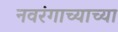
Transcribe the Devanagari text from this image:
नवरंगाच्याच्या